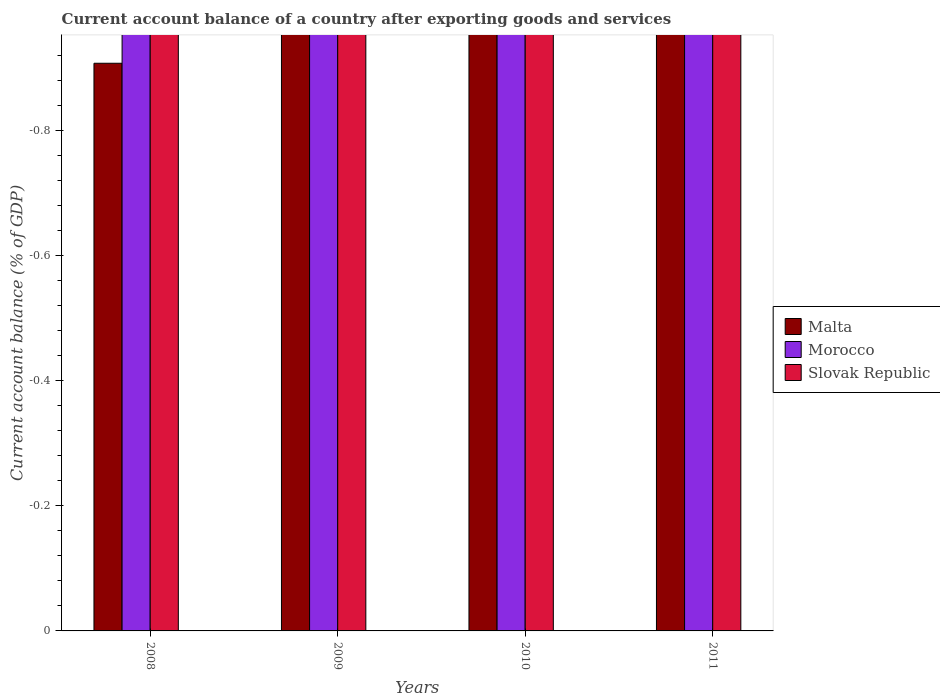
| Years | Malta | Morocco | Slovak Republic |
 | --- | --- | --- | --- |
 | 2008 | -0.908 | -4.9 | -6.18 |
 | 2009 | -6.88 | -5.35 | -3.57 |
 | 2010 | -5.14 | -4.21 | -3.63 |
 | 2011 | -2.49 | -7.89 | -2.07 |